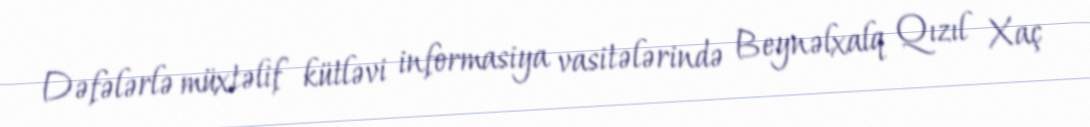
Dəfələrlə müxtəlif kütləvi informasiya vasitələrində Beynəlxalq Qızıl Xaç